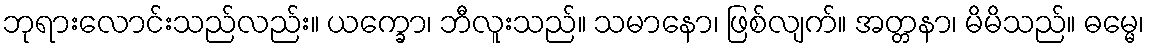
ဘုရားလောင်းသည်လည်း။ ယက္ခော၊ ဘီလူးသည်။ သမာနော၊ ဖြစ်လျက်။ အတ္တနာ၊ မိမိသည်။ ဓမ္မေ၊